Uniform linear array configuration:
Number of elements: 16
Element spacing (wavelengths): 0.75
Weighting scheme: cosine
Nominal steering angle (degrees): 0
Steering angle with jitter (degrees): -1.196
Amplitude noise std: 0.05
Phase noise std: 0.05

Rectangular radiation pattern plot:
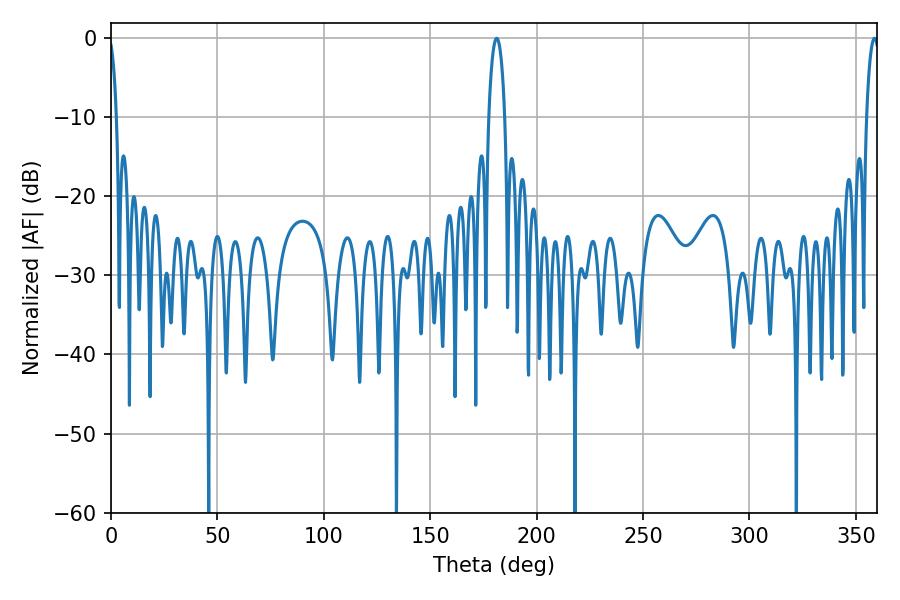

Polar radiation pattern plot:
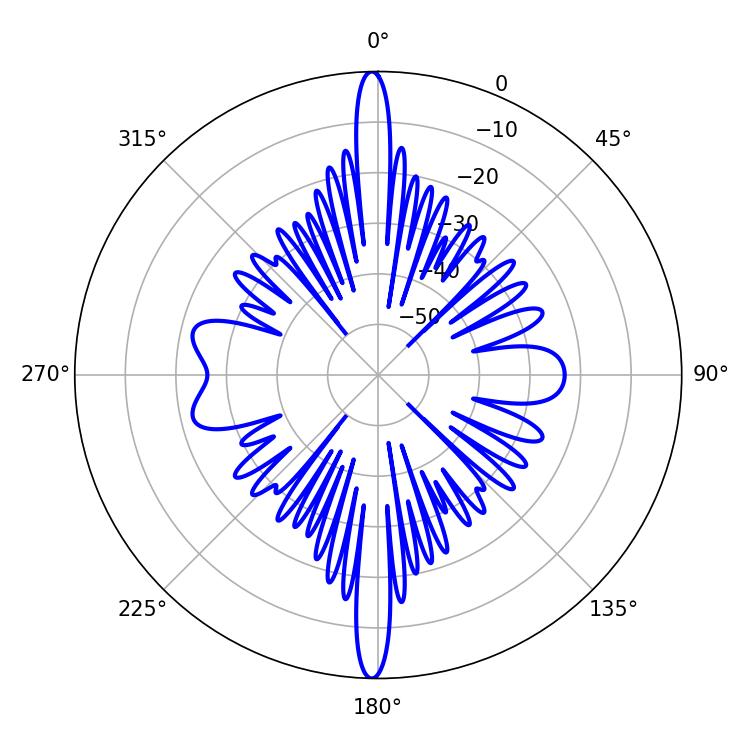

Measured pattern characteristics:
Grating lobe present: TRUE
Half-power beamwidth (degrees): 4.32
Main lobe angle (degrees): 181.26